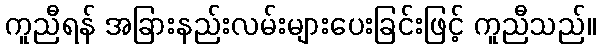
ကူညီရန် အခြားနည်းလမ်းများပေးခြင်းဖြင့် ကူညီသည်။